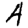
Digit: 4